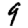
Digit: 9